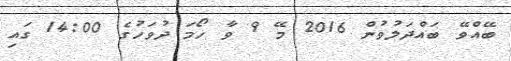
ބޭއްވޭ ބައްދަލުވުން 2016 މޭ 9 ވާ ހޯމަ ދުވަހުގެ 14:00 ގައި